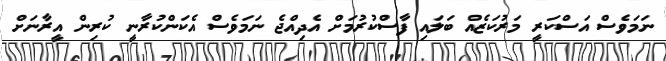
ނަމަވެސް އަސްކަރީ މަރުކަޒެއް ބަލައި ފާސްކުރުމަށް އެދިއްޖެ ނަމަވެސް އެކަންކުރާނީ ކުރިން އީރާނަށް